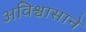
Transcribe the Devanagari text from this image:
अविश्वासाने